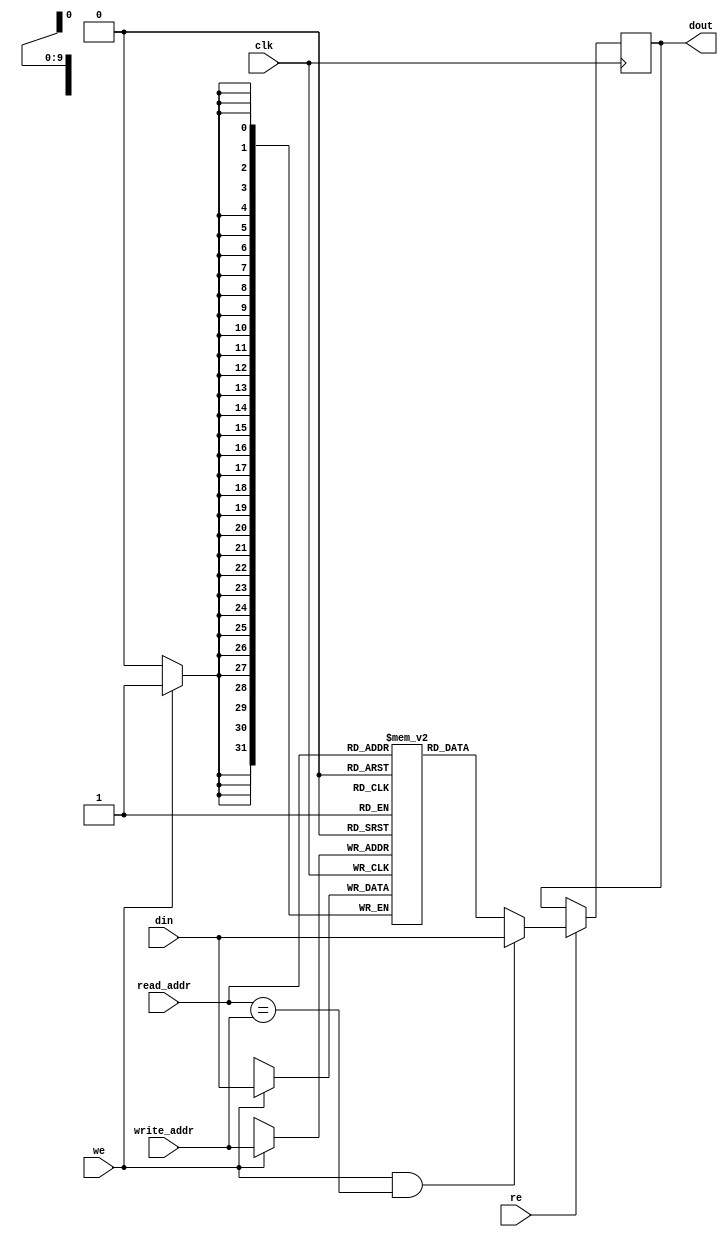
module ram_simple_dp_synch_wf_1024x32 (clk, we,re, read_addr, write_addr, din, dout);
    input clk, we, re;
    input [9:0] read_addr, write_addr;
    input [31:0] din;
    `ifdef IVERILOG
         output reg [31:0] dout=0;
    `else
        output reg [31:0] dout;
    `endif
    reg [31:0] ram [1023:0];

    always @(posedge clk)
    begin
        if (we)
            ram[write_addr] <= din;
        if (re) begin
            dout <= ram[read_addr];
            if (we && read_addr == write_addr)
                dout <= din;
        end
    end

endmodule